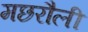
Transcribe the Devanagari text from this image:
मछरौली